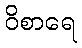
ဝိစာရေ